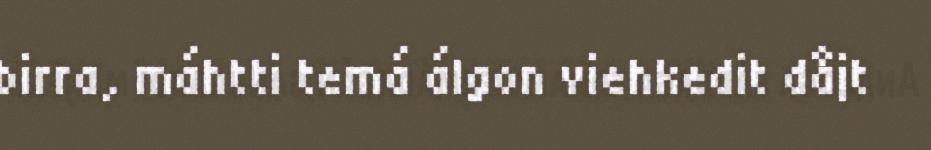
birra, máhtti temá álgon viehkedit dåjt